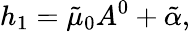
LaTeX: h_{1}=\tilde{\mu}_{0}A^{0}+\tilde{\alpha},